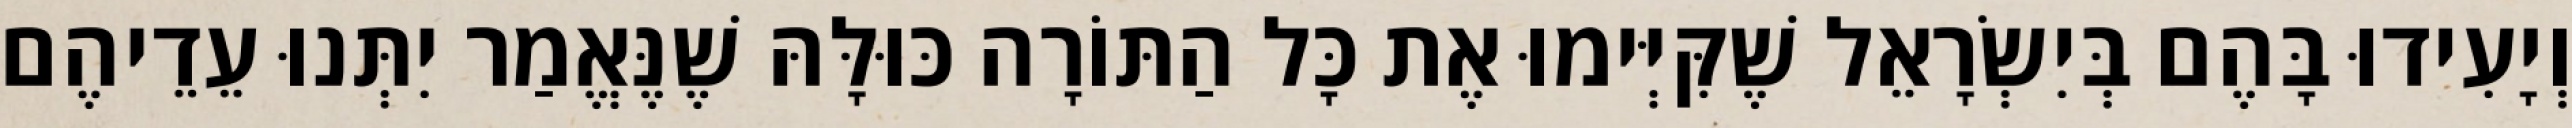
וְיָעִידוּ בָּהֶם בְּיִשְׂרָאֵל שֶׁקִּיְּימוּ אֶת כָּל הַתּוֹרָה כּוּלָּהּ שֶׁנֶּאֱמַר יִתְּנוּ עֵדֵיהֶם